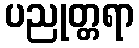
ပညုတ္တရာ